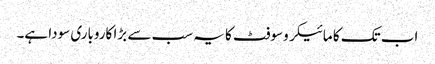
اب تک کا مائیکروسوفٹ کا یہ سب سے بڑا کاروباری سودا ہے۔